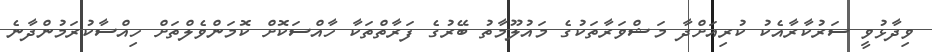
ވިދާޅުވީ ސަރުކާރާއެކު ކުރިއަށްދާ މަޝްވަރާތަކުގެ މައުލޫމާތު ބޭރުގެ ފަރާތްތަކާ ހާއްސަކޮށް ކޮމަންވެލްތަށް ހިއްސާކުރަމުންދާނެ